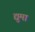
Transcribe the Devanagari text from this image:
द्युमा